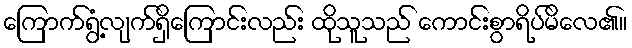
ကြောက်ရွံ့လျက်ရှိကြောင်းလည်း ထိုသူသည် ကောင်းစွာရိပ်မိလေ၏။